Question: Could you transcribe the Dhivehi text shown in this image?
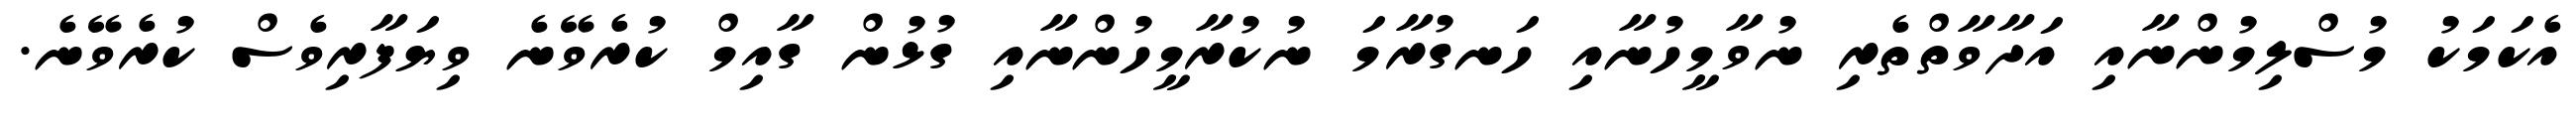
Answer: އެކަމަކު މުސްލިމުންނާއި އަދާވާތްތެރި ނުވާމީހުނާއި ހަނގުރާމަ ނުކުރާމީހުންނާއި ގުޅުން ގާއިމް ކުރެވޭނެ ވިޔަފާރިވެސް ކުރެވޭނެ.